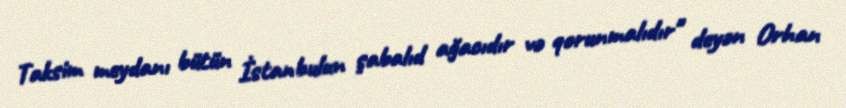
Taksim meydanı bütün İstanbulun şabalıd ağacıdır və qorunmalıdır" deyən Orhan